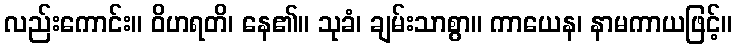
လည်းကောင်း။ ဝိဟရတိ၊ နေ၏။ သုခံ၊ ချမ်းသာစွာ။ ကာယေန၊ နာမကာယဖြင့်။